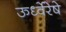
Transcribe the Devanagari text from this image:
ऊर्ध्वेरेषे